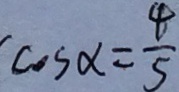
\cos \alpha = \frac { 4 } { 5 }